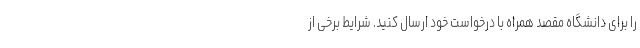
را برای دانشگاه مقصد همراه با درخواست خود ارسال کنید. شرایط برخی از